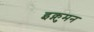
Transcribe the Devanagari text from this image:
इक्नुमन